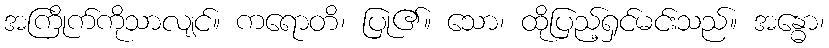
အကြိုက်ကိုသာလျင်။ ကရောတိ၊ ပြု၏။ သော၊ ထိုပြည့်ရှင်မင်းသည်။ အန္ဓော၊